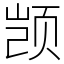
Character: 𫖮